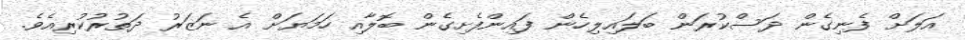
އަލަށް ފެނިގެން ދަސްކުރަން ބަލައިލިހެން ފައިންފެށިގެން ބޮލާއި ހަމަޔަށް އެ ނަޒަރު ދަތުރުކުރިއެވެ.